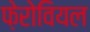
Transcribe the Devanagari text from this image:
फ़ेरोवियल